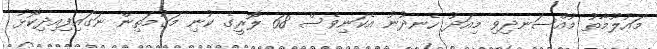
މައުލޫމާތު މުއްސަނދިވި މިއަދު ހެނދުނު އެކަނިވެސް 68 ލޮރީގެ ކުނި މަގުމަތިން ނަގައިފިއިދިކޮޅު